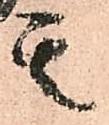
其